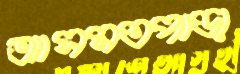
আসমতপাড়া